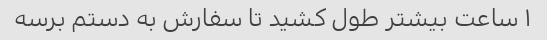
۱ ساعت بیشتر طول کشید تا سفارش به دستم برسه